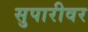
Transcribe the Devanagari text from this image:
सुपारीवर